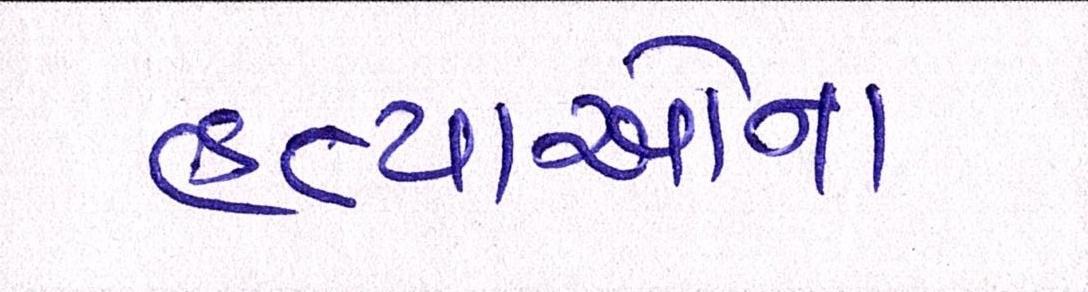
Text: હત્યાઓનો